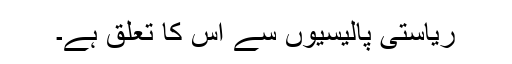
ریاستی پالیسیوں سے اس کا تعلق ہے۔